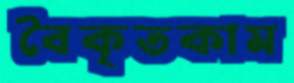
বৈকৃতকাম